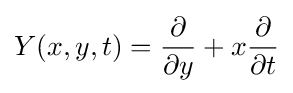
Y(x,y,t)={\partial  \over \partial y}+x{\partial  \over \partial t}